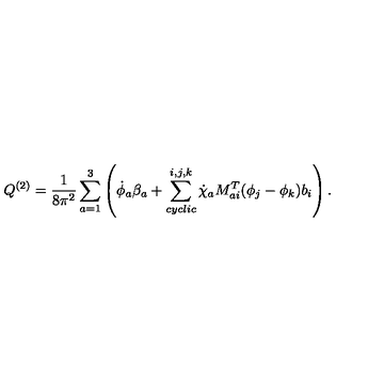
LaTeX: { Q } ^ { ( 2 ) } = \frac { 1 } { 8 \pi ^ { 2 } } \sum _ { a = 1 } ^ { 3 } \left( \dot { \phi } _ { a } \beta _ { a } + \sum _ { c y c l i c } ^ { i , j , k } \dot { \chi } _ { a } M _ { a i } ^ { T } ( \phi _ { j } - \phi _ { k } ) b _ { i } \right) .